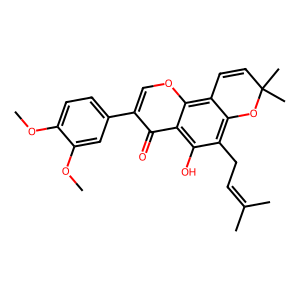
SMILES: COc1ccc(-c2coc3c4c(c(CC=C(C)C)c(O)c3c2=O)OC(C)(C)C=C4)cc1OC
Inhibits HIV replication: No